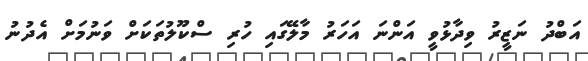
އަބްދު ނަޒީރު ވިދާޅުވީ އަންނަ އަހަރު މާލޭގައި ހުރި ސްކޫލުތަކަށް ވަނުމަށް އެދުނު